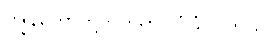
ကျွန်တော်တို့ဘက်က လုံခြုံ ပါတယ်။